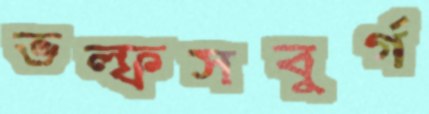
ভল্ফসবুর্গ